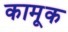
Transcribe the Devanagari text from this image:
कामूक